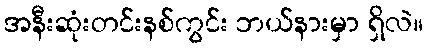
အနီးဆုံးတင်းနစ်ကွင်း ဘယ်နားမှာ ရှိလဲ။